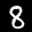
Label: 8